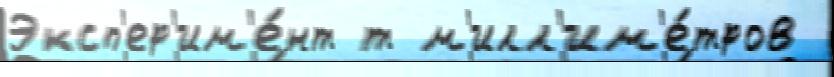
Эксп'ер'им'е́нт т м'илл'им'е́тров